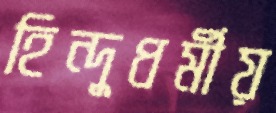
হিন্দুধর্মীয়